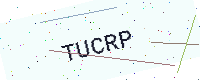
Text: TUCRP